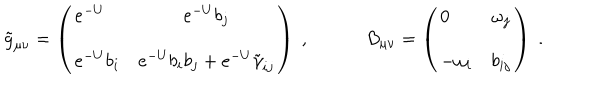
\tilde { g } _ { \mu \nu } = \left( \begin{array} { l c } { { e ^ { - U } } } & { { e ^ { - U } b _ { j } } } \\ { { e ^ { - U } b _ { i } } } & { { e ^ { - U } b _ { i } b _ { j } + e ^ { - U } \tilde { \gamma } _ { i j } } } \\ \end{array} \right) \ , B _ { \mu \nu } = \left( \begin{array} { l c } { { 0 } } & { { \omega _ { j } } } \\ { { - \omega _ { i } } } & { { b _ { i j } } } \\ \end{array} \right) \ .